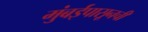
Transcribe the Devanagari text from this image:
मुंबईपासूनची